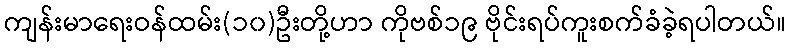
ကျန်းမာရေးဝန်ထမ်း(၁၀)ဦးတို့ဟာ ကိုဗစ်၁၉ ဗိုင်းရပ်ကူးစက်ခံခဲ့ရပါတယ်။